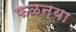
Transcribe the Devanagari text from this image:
फळन्या